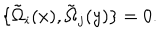
\{ \tilde { \Omega } _ { i } ( x ) , \tilde { \Omega } _ { j } ( y ) \} = 0 .